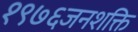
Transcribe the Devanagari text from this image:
१९७६जनशक्ति